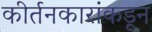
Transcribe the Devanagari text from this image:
कीर्तनकारांकडून